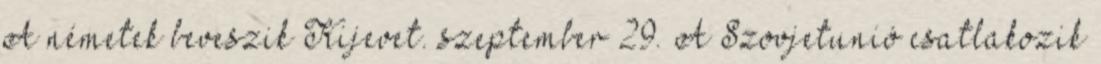
A németek beveszik Kijevet. szeptember 29. A Szovjetunió csatlakozik